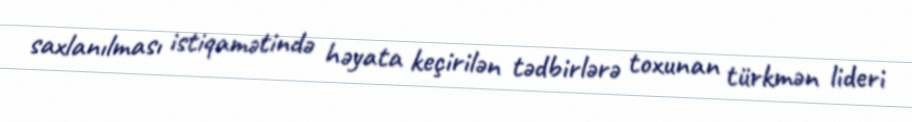
saxlanılması istiqamətində həyata keçirilən tədbirlərə toxunan türkmən lideri